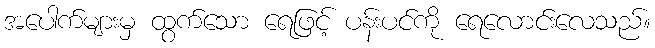
အပေါက်များမှ ထွက်သော ရေဖြင့် ပန်းပင်ကို ရေလောင်းလေသည်။